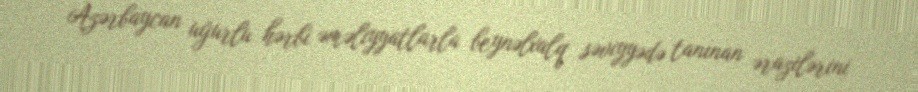
Azərbaycan uğurlu hərbi əməliyyatlarla beynəlxalq səviyyədə tanınan ərazilərini